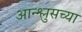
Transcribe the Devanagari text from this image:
आन्श्लुसच्या